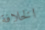
الخلافة